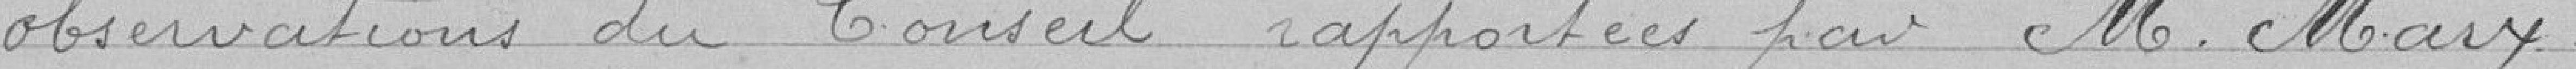
observations du Conseil apportées par Monsieur MARX